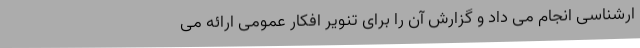
ارشناسی انجام می داد و گزارش آن را برای تنویر افکار عمومی ارائه می